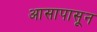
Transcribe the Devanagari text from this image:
आसापासून